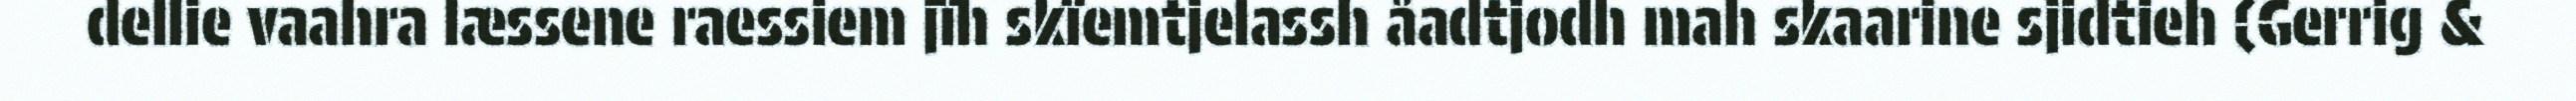
dellie vaahra læssene raessiem jïh skïemtjelassh åadtjodh mah skaarine sjidtieh (Gerrig &